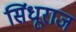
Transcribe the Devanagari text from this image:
सिंधूराज